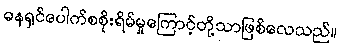
ဓနရှင်ပေါက်စစိုးရိမ်မှုကြောင့်တို့သာဖြစ်လေသည်။